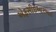
એફસીઇઆરઆઇ